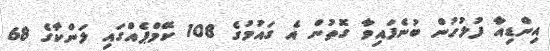
އިންޑިއާ ފުލުހުން ބުނެފައިވާ ގޮތުން އެ ގައުމުގެ 108 ކޭމްޕެއްގައި ލަންކާގެ 68